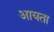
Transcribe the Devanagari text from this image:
आयता